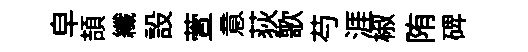
皁頡纖設萱意荻歌芍涯椒陏𥓓